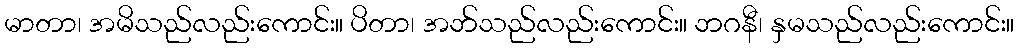
မာတာ၊ အမိသည်လည်းကောင်း။ ပိတာ၊ အဘ်သည်လည်းကောင်း။ ဘဂနီ၊ နှမသည်လည်းကောင်း။